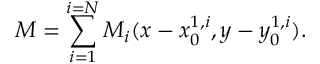
M = \sum _ { i = 1 } ^ { i = N } M _ { i } ( x - x _ { 0 } ^ { 1 , i } , y - y _ { 0 } ^ { 1 , i } ) .